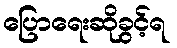
ပြောရေးဆိုခွင့်ရ